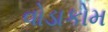
વોડાકોમ